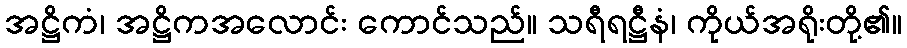
အဋ္ဌိကံ၊ အဋ္ဌိကအလောင်း ကောင်သည်။ သရီရဋ္ဌီနံ၊ ကိုယ်အရိုးတို့၏။